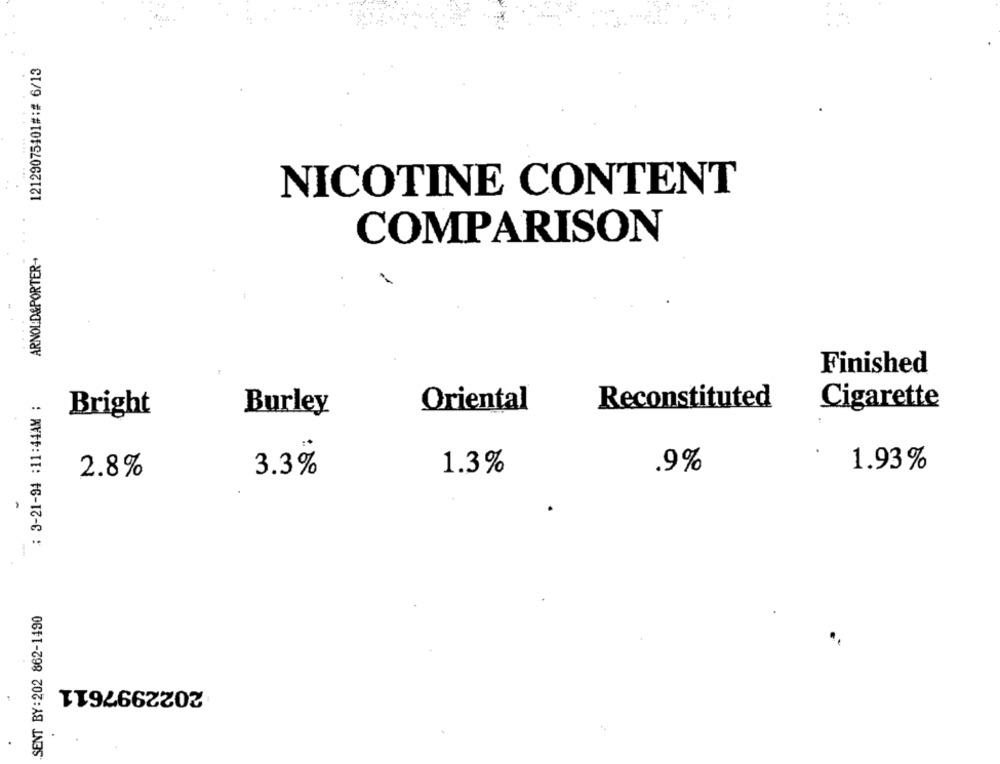
12129075401#:# 6/13
NICOTINE CONTENT
COMPARISON
ARNOLD&PORTER-
Finished
: 3-21-94 :11:44AM :
Reconstituted
Cigarette
Burley
Oriental
Bright
2.8%
3.3%
1.3%
.9%
1.93%
SENT BY:202 862-1490
2022997611